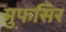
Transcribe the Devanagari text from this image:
मुफसिर